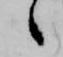
候